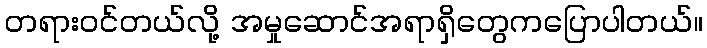
တရားဝင်တယ်လို့ အမှုဆောင်အရာရှိတွေကပြောပါတယ်။